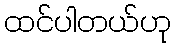
ထင်ပါတယ်ဟု